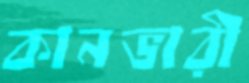
কানভারী